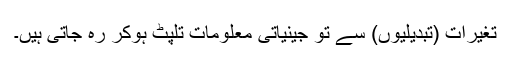
تغیرات (تبدیلیوں) سے تو جینیاتی معلومات تلپٹ ہوکر رہ جاتی ہیں۔